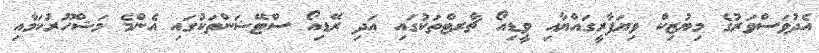
އެދުވަސްވަރުގެ މިޔުޒިކް ވިޔަފާރީގައްޔާއި ވީޑިއޯ ޗާރޓްތަކުގައި އަދި ރޭޑިއޯ ސްޓޭޝަންތަކުގައި އެންމެ މަޝްހޫރުކަމާއި